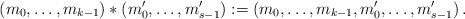
\begin{align*}(m_0,\dots,m_{k-1}) * (m_0',\dots,m_{s-1}') := (m_0,\dots,m_{k-1},m_0',\dots,m_{s-1}')\,.\end{align*}